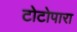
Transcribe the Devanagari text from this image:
टोटोपारा